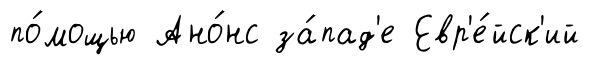
по́мощью Ано́нс за́пад'е Евр'е́йск'ий